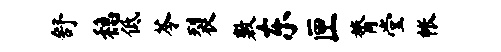
舒稳低苓裂敷东匣膂堂帐